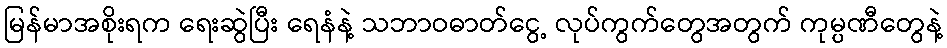
မြန်မာအစိုးရက ရေးဆွဲပြီး ရေနံနဲ့ သဘာဝဓာတ်ငွေ့ လုပ်ကွက်တွေအတွက် ကုမ္ပဏီတွေနဲ့